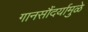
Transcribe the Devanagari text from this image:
गानसौंदर्यामुळे